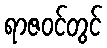
ရာဇဝင်တွင်